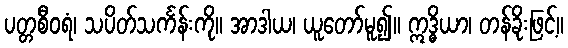
ပတ္တစီဝရံ၊ သပိတ်သင်္ကန်းကို။ အာဒါယ၊ ယူတော်မူ၍။ ဣဒ္ဓိယာ၊ တန်ခိုးဖြင့်။